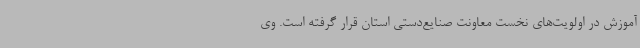
آموزش در اولویت‌های نخست معاونت صنایع‌دستی استان قرار گرفته است. وی